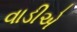
વાડીએ